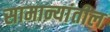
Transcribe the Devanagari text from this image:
सामान्यांतील